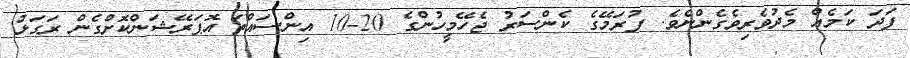
ފަދަ ކަމެއް މެދުވެރިވެގެންނެވެ. ފުރަމޭގެ ކެންސަރު ޖެހޭމީހުންގެ 20-10 އިންސައްތަ އޮޕަރޭޝަންކޮށްގެން ރަގަޅު